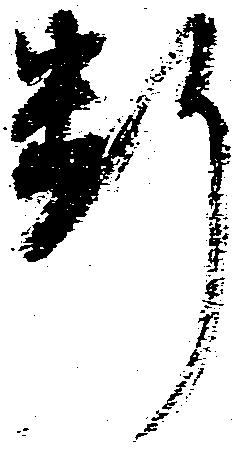
断